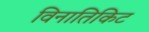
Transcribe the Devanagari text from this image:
विनातिकिट